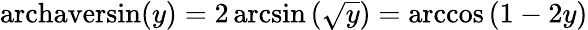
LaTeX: \operatorname{archaversin}(y)=2\arcsin\left({\sqrt{y}}\right)=\operatorname{arccos}\left(1-2y\right)